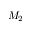
M _ { 2 }